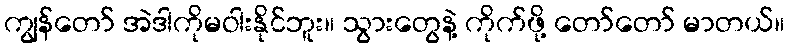
ကျွန်တော် အဲဒါကိုမဝါးနိုင်ဘူး။ သွားတွေနဲ့ ကိုက်ဖို့ တော်တော် မာတယ်။